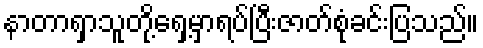
နာတာရှာသူတို့ရှေ့မှာရပ်ပြီးဇာတ်စုံခင်းပြသည်။